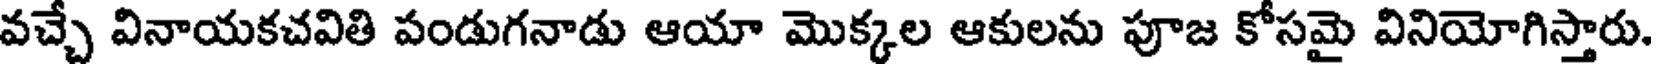
వచ్చే వినాయకచవితి పండుగనాడు ఆయా మొక్కల ఆకులను పూజ కోసమై వినియోగిస్తారు.